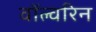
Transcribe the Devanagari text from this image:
वॉल्वरिन